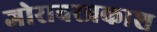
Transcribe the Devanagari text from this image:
जोरावरप्रकाश